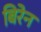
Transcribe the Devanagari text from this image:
बिरेन